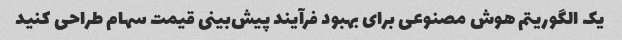
یک الگوریتم هوش مصنوعی برای بهبود فرآیند پیش‌بینی قیمت سهام طراحی کنید